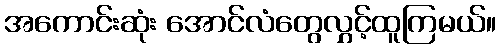
အကောင်းဆုံး အောင်လံတွေလွှင့်ထူကြမယ်။